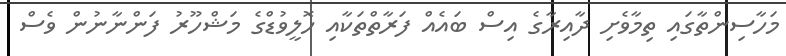
މަހާސިންތާގައި ތިމާވެށި ދާއިރާގެ އިސް ބައެއް ފަރާތްތަކާއި ހޮލީވުޑްގެ މަޝްހޫރު ފަންނާނުން ވެސް